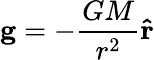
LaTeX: \mathbf{g}=-{\frac{GM}{r^{2}}}\mathbf{\hat{r}}